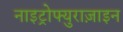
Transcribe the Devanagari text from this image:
नाइट्रोफ्युराज़ाइन